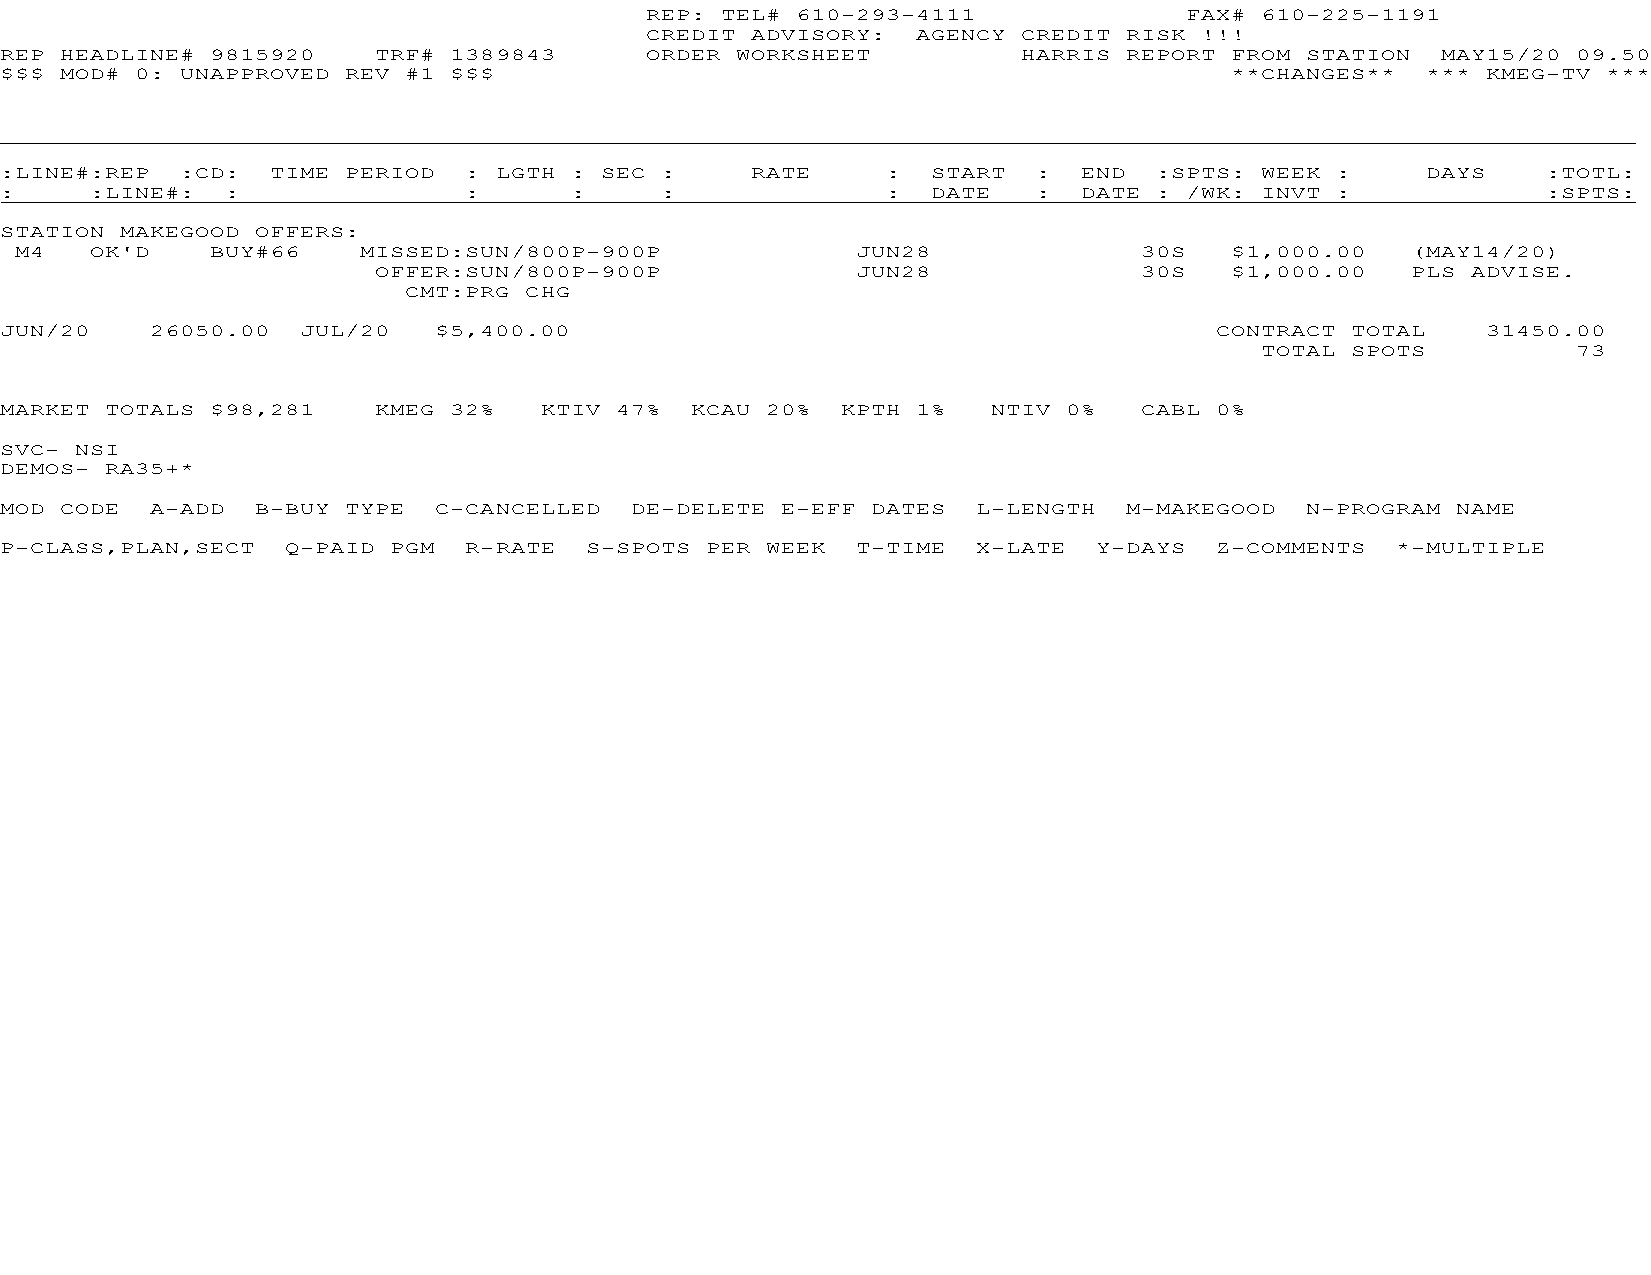
REP: TEL# 610-293-4111             FAX# 610-225-1191
 CREDIT ADVISORY:  AGENCY CREDIT RISK !!!
 REP HEADLINE# 9815920    TRF# 1389843      ORDER WORKSHEET          HARRIS REPORT FROM STATION MAY15/20 09.50
 $$$ MOD# 0: UNAPPROVED REV #1 $$$                                                **CHANGES**  *** KMEG-TV ***
 :LINE#:REP  :CD:  TIME PERIOD  : LGTH : SEC :     RATE     :  START  :  END :SPTS: WEEK :     DAYS    :TOTL:
 :     :LINE#:  :               :      :     :              :  DATE   :  DATE : /WK: INVT :            :SPTS:
 STATION MAKEGOOD OFFERS:
 M4   OK'D    BUY#66    MISSED:SUN/800P-900P             JUN28             30S   $1,000.00   (MAY14/20)
 OFFER:SUN/800P-900P             JUN28             30S   $1,000.00   PLS ADVISE.
 CMT:PRG CHG
 JUN/20    26050.00  JUL/20   $5,400.00                                          CONTRACT TOTAL    31450.00
 TOTAL SPOTS          73
 MARKET TOTALS $98,281    KMEG 32%   KTIV 47%  KCAU 20%  KPTH 1%   NTIV 0%  CABL 0%
 SVC- NSI
 DEMOS- RA35+*
 MOD CODE  A-ADD  B-BUY TYPE  C-CANCELLED  DE-DELETE E-EFF DATES  L-LENGTH  M-MAKEGOOD N-PROGRAM NAME
 P-CLASS,PLAN,SECT  Q-PAID PGM  R-RATE  S-SPOTS PER WEEK  T-TIME  X-LATE  Y-DAYS Z-COMMENTS  *-MULTIPLE